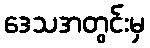
ဒေသအတွင်းမှ